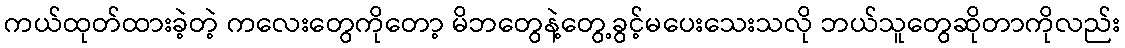
ကယ်ထုတ်ထားခဲ့တဲ့ ကလေးတွေကိုတော့ မိဘတွေနဲ့တွေ့ခွင့်မပေးသေးသလို ဘယ်သူတွေဆိုတာကိုလည်း